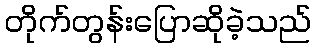
တိုက်တွန်းပြောဆိုခဲ့သည်